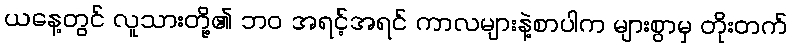
ယနေ့တွင် လူသားတို့၏ ဘဝ အရင့်အရင် ကာလများနဲ့စာပါက များစွာမှ တိုးတက်